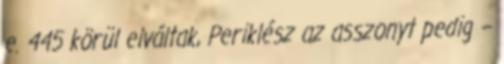
e. 445 körül elváltak, Periklész az asszonyt pedig –